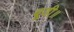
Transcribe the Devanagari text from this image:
बूडी॥